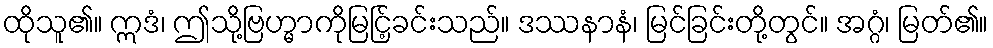
ထိုသူ၏။ ဣဒံ၊ ဤသို့ဗြဟ္မာကိုမြင်ြ့ခင်းသည်။ ဒဿနာနံ၊ မြင်ခြင်းတို့တွင်။ အဂ္ဂံ၊ မြတ်၏။